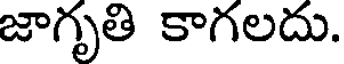
జాగృతి కాగలదు.